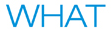
WHAT